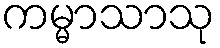
ကမ္မာသာသု